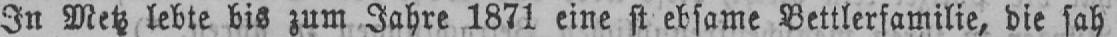
Bettlerfamilie, die sah